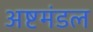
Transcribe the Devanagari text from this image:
अष्टमंडल